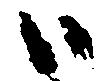
ハ